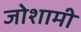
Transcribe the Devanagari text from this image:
जोशामी